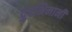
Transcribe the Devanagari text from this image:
दुरभिमानी